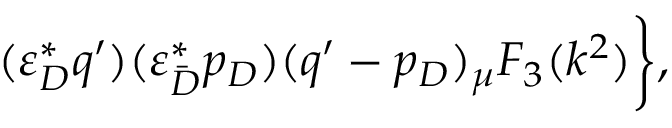
( \varepsilon _ { D } ^ { * } q ^ { \prime } ) ( \varepsilon _ { \bar { D } } ^ { * } p _ { D } ) ( q ^ { \prime } - p _ { D } ) _ { \mu } F _ { 3 } ( k ^ { 2 } ) \biggl \} ,